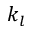
k _ { l }